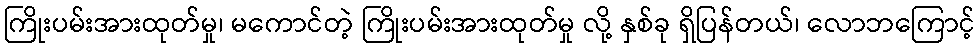
ကြိုးပမ်းအားထုတ်မှု၊ မကောင်တဲ့ ကြိုးပမ်းအားထုတ်မှု လို့ နှစ်ခု ရှိပြန်တယ်၊ လောဘကြောင့်